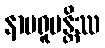
နာမရူပန္တိဿ